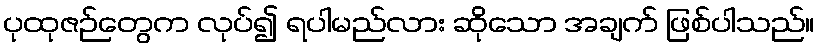
ပုထုဇဉ်တွေက လုပ်၍ ရပါမည်လား ဆိုသော အချက် ဖြစ်ပါသည်။